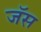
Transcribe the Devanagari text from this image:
जॅस